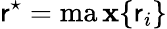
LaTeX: \mathsf{r}^{\star}=\operatorname*{ma\mathbf{x}}\{ \mathsf{r}_{i}\}